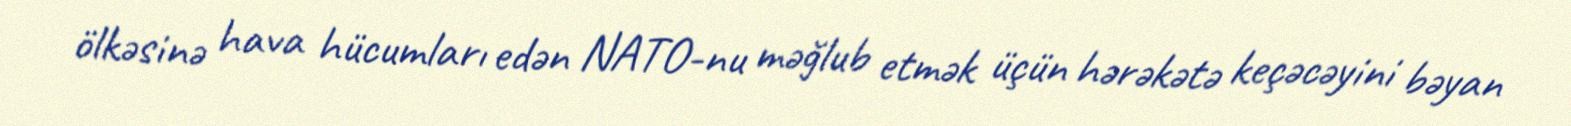
ölkəsinə hava hücumları edən NATO-nu məğlub etmək üçün hərəkətə keçəcəyini bəyan